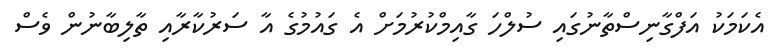
އެކަމަކު އަފްގާނިސްތާނުގައި ސުލްހަ ގާއިމްކުރުމަށް އެ ގައުމުގެ އާ ސަރުކާރާއި ތާލިބާނުން ވެސް